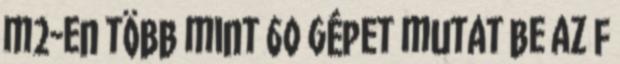
m2-en több mint 60 gépet mutat be az F